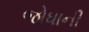
જોધાની